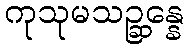
ကုသုမသဉ္ဆန္နေ